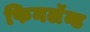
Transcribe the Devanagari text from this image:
फिनलॅन्ड